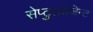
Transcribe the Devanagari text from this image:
सेप्टुआजिन्ट